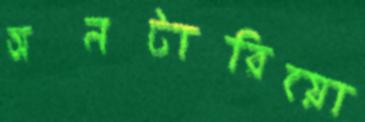
অনটারিয়ো